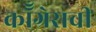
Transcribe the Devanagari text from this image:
कॉँग्रेसची